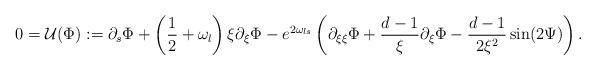
LaTeX: \begin{align*} 0=\mathcal U(\Phi):=\partial_{ s}\Phi+\left(\frac{1}{2}+\omega_{l}\right)\xi\partial_{\xi}\Phi-e^{2\omega_{l s}}\left(\partial_{\xi\xi}\Phi+\frac{d-1}{\xi}\partial_{\xi}\Phi-\frac{d-1}{2\xi^{2}}\sin(2\Psi)\right). \end{align*}